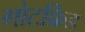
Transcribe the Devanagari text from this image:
गोटफ्रिड